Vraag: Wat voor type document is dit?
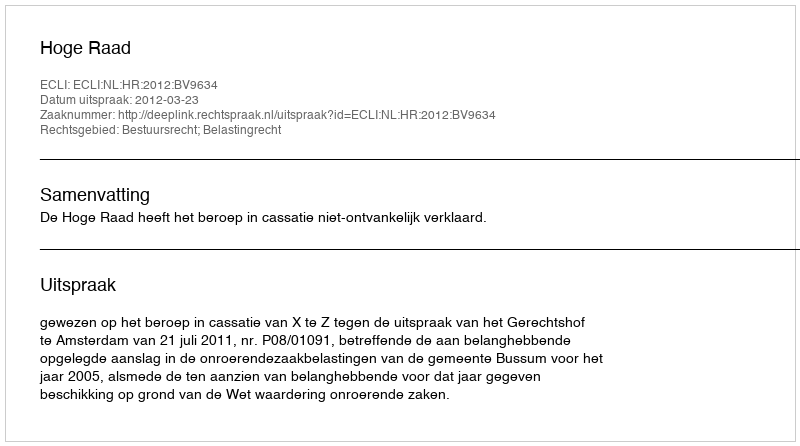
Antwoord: Uitspraak